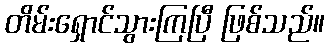
တိမ်းရှောင်သွားကြပြီ ဖြစ်သည်။